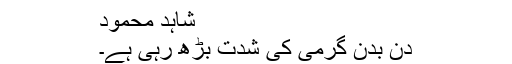
شاہد محمود
دن بدن گرمی کی شدت بڑھ رہی ہے۔